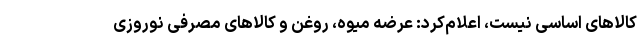
کالاهای اساسی نیست، اعلام‌کرد: عرضه میوه، روغن و کالاهای مصرفی نوروزی